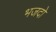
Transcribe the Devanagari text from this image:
भजदो